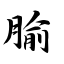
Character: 腧